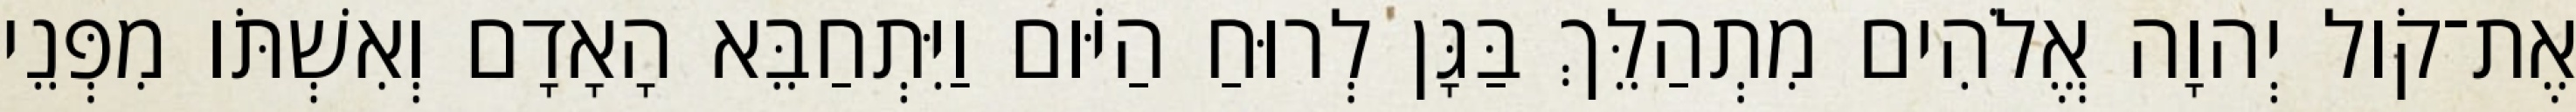
אֶת־קֹול יְהוָה אֱלֹהִים מִתְהַלֵּךְ בַּגָּן לְרוּחַ הַיֹּום וַיִּתְחַבֵּא הָאָדָם וְאִשְׁתֹּו מִפְּנֵי